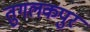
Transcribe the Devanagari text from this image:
तुगलकपुर